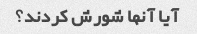
آیا آنها شورش کردند؟